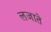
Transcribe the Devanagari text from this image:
लजाते